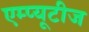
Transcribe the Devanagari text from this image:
एम्प्यूटीज